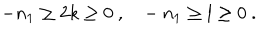
LaTeX: - n _ { 1 } \ge 2 k \ge 0 \ , \ \ \ - n _ { 1 } \ge l \ge 0 \ .